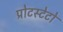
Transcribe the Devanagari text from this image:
प्रोटस्टेटों